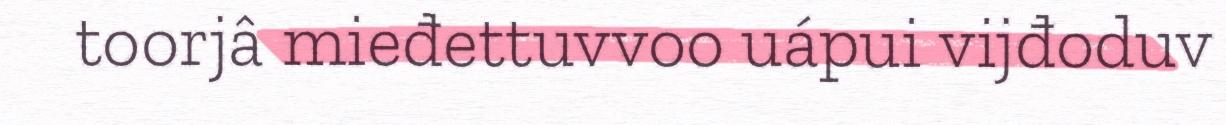
toorjâ mieđettuvvoo uápui vijđoduv